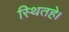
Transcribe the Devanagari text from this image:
स्थितहे।